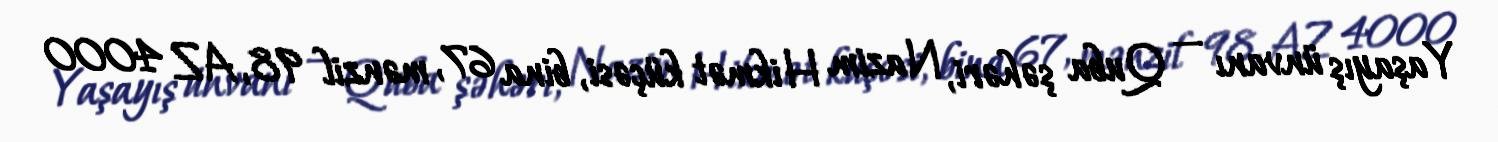
Yaşayış ünvanı — Quba şəhəri, Nazim Hikmət küçəsi, bina 67, mənzil 98, AZ 4000